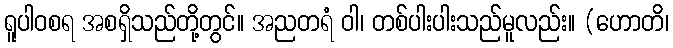
ရူပါဝစရ အစရှိသည်တို့တွင်။ အညတရံ ဝါ၊ တစ်ပါးပါးသည်မူလည်း။ (ဟောတိ၊